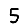
Digit: 5